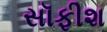
સૉફીશ